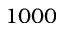
1 0 0 0